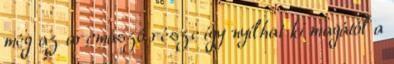
még az arcmászó része így nyílhat ki magától a